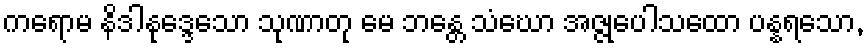
ကရောမ နိဒါနုဒ္ဒေသော သုဏာတု မေ ဘန္တေ သံဃော အဇ္ဇုပေါသထော ပန္နရသော,